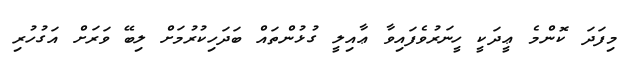
މިފަދަ ކޮންމެ ޢީދަކީ ހީނަރުވެފައިވާ ޢާއިލީ ގުޅުންތައް ބަދަހިކުރުމަށް ލިބޭ ވަރަށް އަގުހުރި